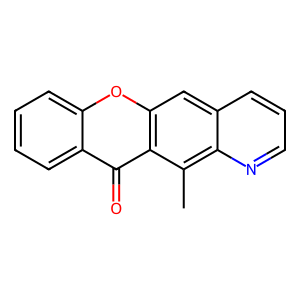
SMILES: Cc1c2ncccc2cc2oc3ccccc3c(=O)c12
Inhibits HIV replication: No